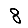
Digit: 8